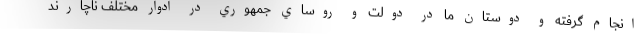
انجام گرفته و دوستان ما در دولت و روساي جمهوري در ادوار مختلف ناچارند